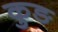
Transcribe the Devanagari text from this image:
कुङ